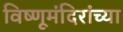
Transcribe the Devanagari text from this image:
विष्णूमंदिरांच्या